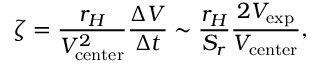
\zeta = \frac { r _ { H } } { V _ { \mathrm { c e n t e r } } ^ { 2 } } \frac { \Delta V } { \Delta t } \sim \frac { r _ { H } } { S _ { r } } \frac { 2 V _ { \mathrm { { e x p } } } } { V _ { \mathrm { c e n t e r } } } ,